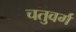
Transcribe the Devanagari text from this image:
चतुवर्ग